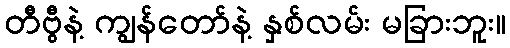
တီဗွီနဲ့ ကျွန်တော်နဲ့ နှစ်လမ်း မခြားဘူး။